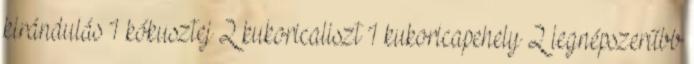
kirándulás 1 kókusztej 2 kukoricaliszt 1 kukoricapehely 2 legnépszerűbb